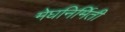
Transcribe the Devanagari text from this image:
मेघनिर्मिती